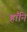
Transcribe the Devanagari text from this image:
हाँनि